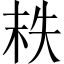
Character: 𡘮